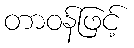
တာဝန်ဖြင့်